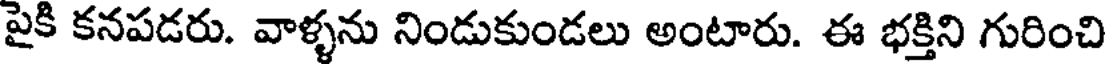
పైకి కనపడరు. వాళ్ళను నిండుకుండలు అంటారు. ఈ భక్తిని గురించి